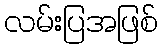
လမ်းပြအဖြစ်